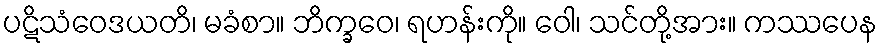
ပဋိသံဝေဒယတိ၊ မခံစာ။ ဘိက္ခဝေ၊ ရဟန်းကို။ ဝေါ၊ သင်တို့အား။ ကဿပေန